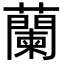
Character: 蘭